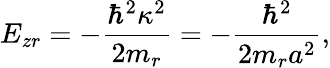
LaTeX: E_{zr}=-\frac{\hbar^{2}\kappa^{2}}{2m_{r}}=-\frac{\hbar^{2}}{2m_{r}a^{2}},